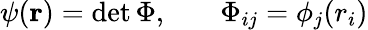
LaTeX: \begin{array}{rlr}{\psi({\mathbf{r}})=\operatorname*{det}\Phi,}&{{}}&{\Phi_{ij}=\phi_{j}(r_{i})}\end{array}